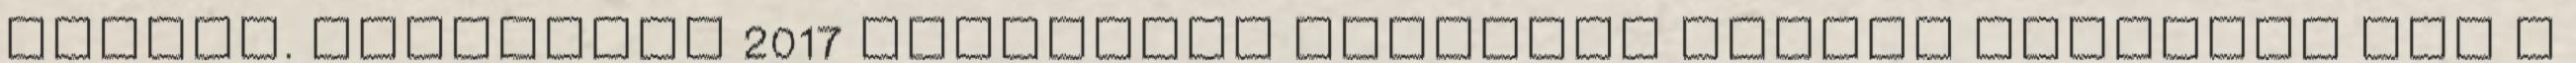
félnek. Construma 2017 kiállítás INGYENES BELÉPŐ Tekintse meg a